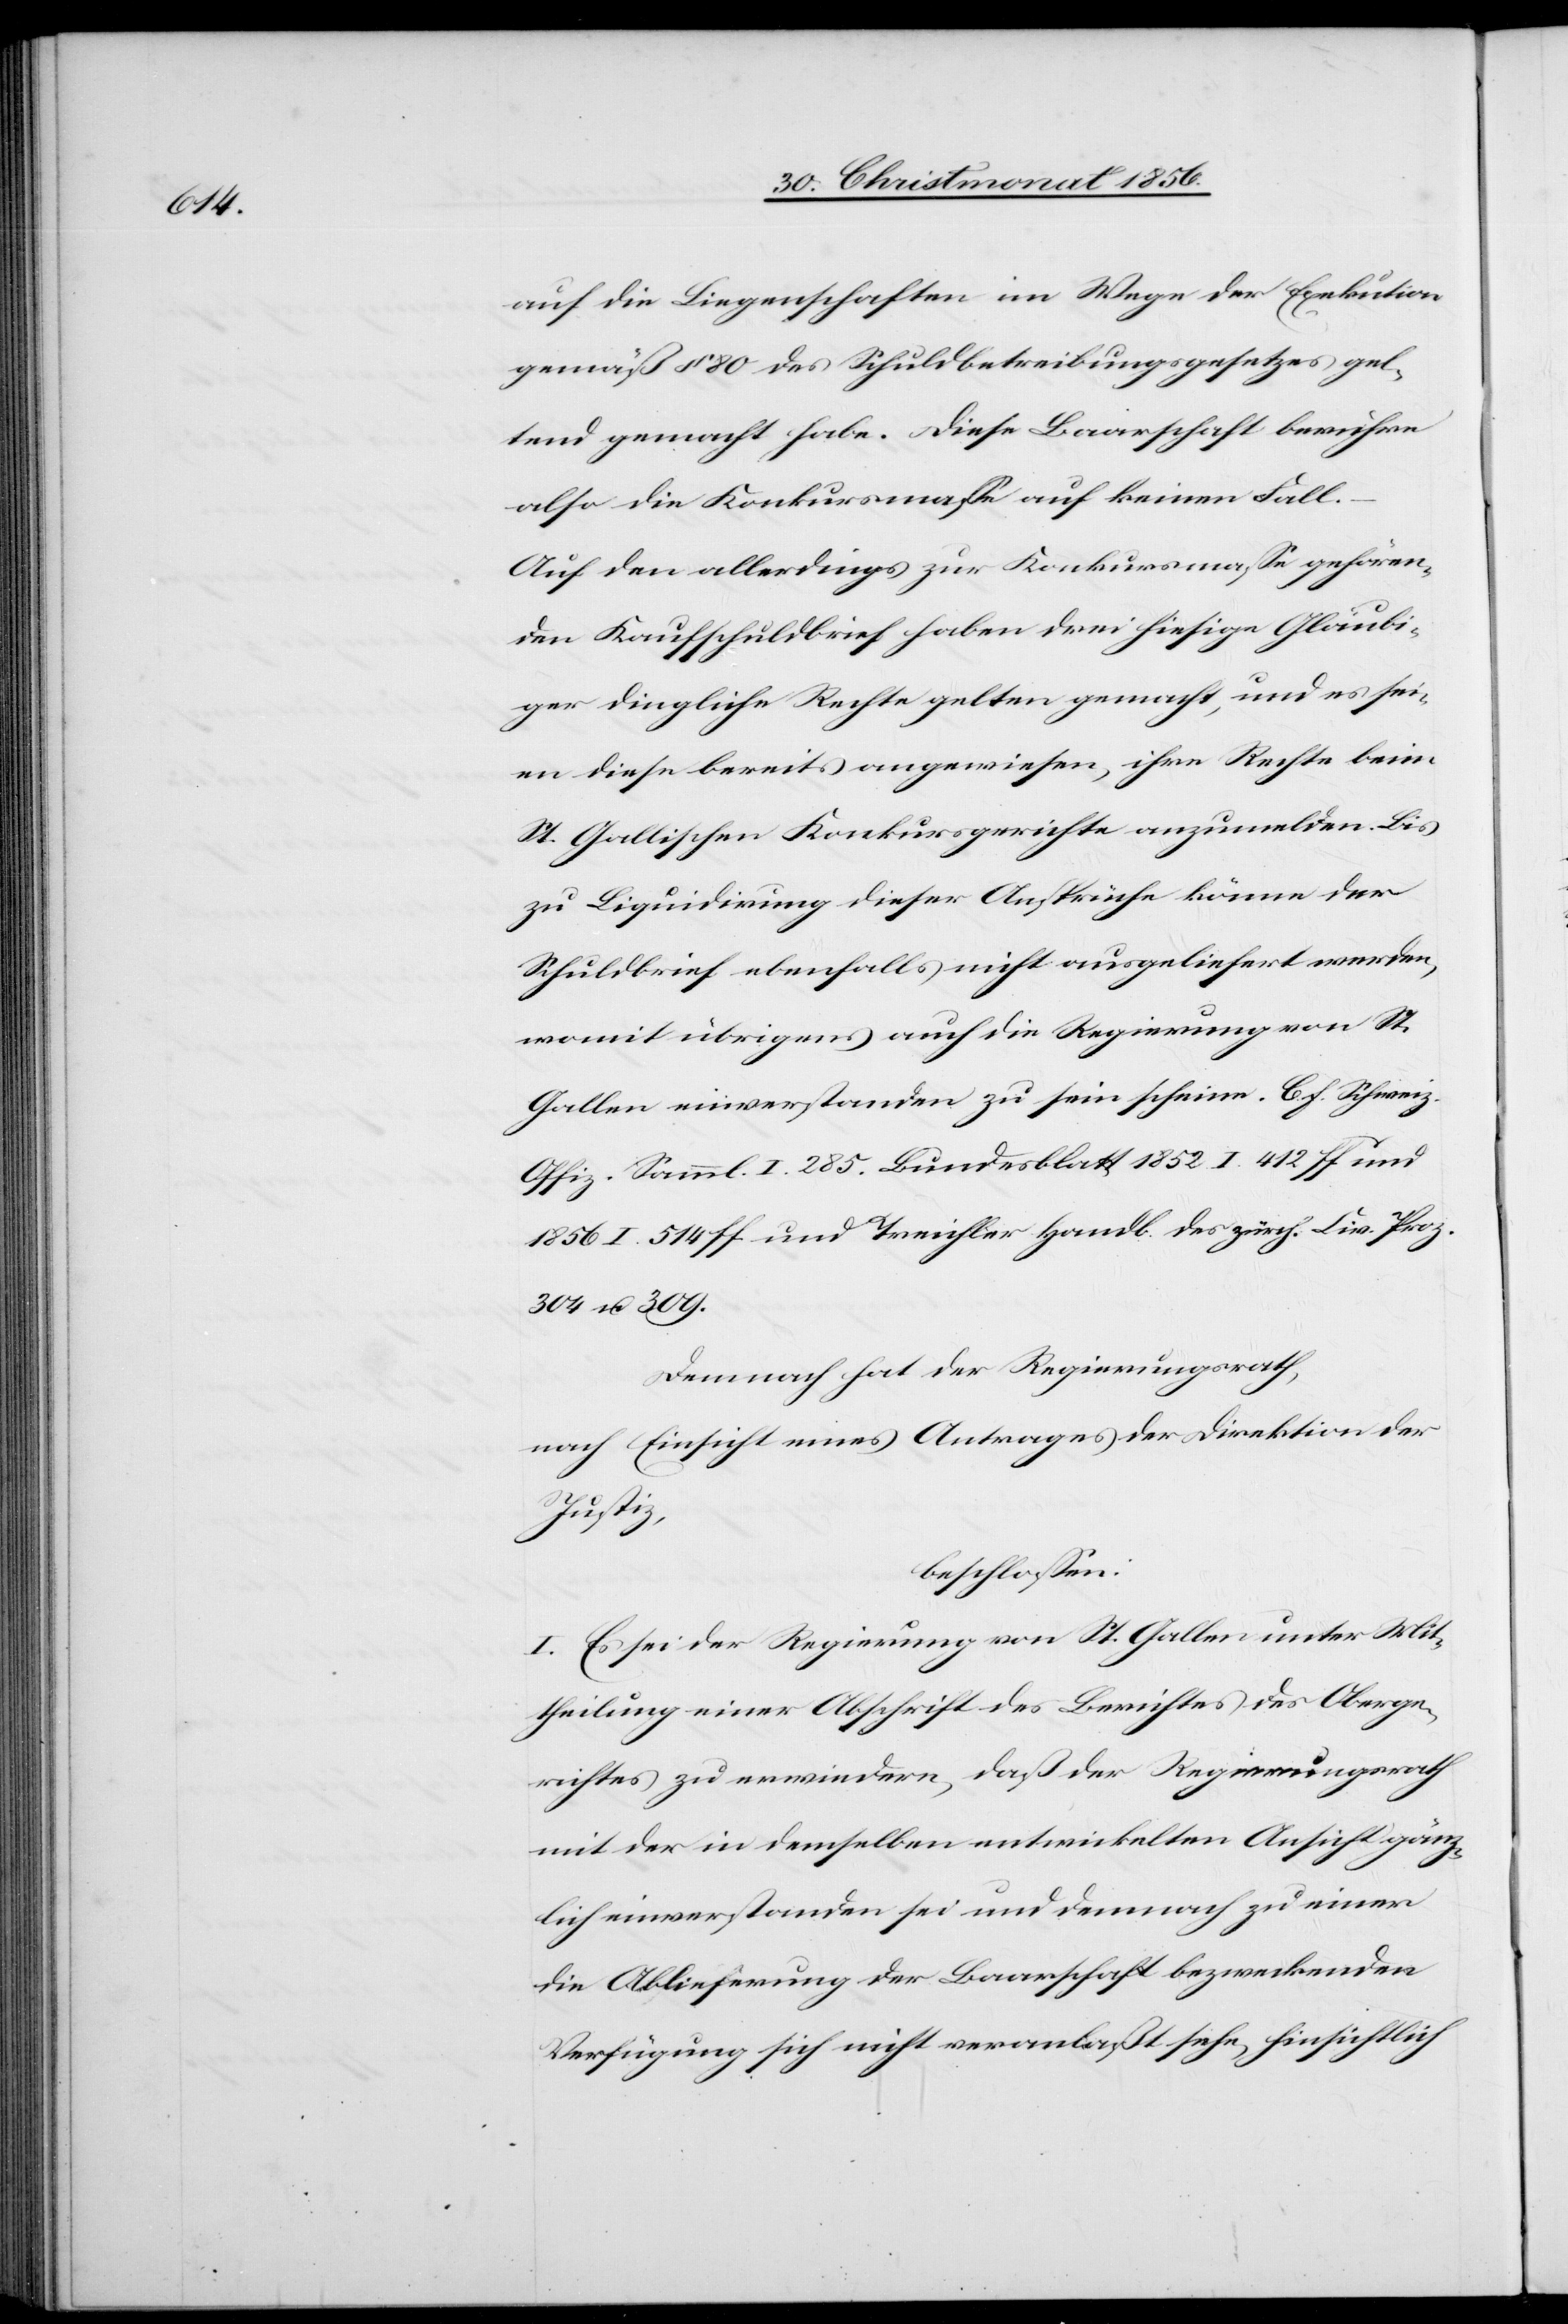
auf die Liegenschaften im Wege der Exekution
gemäß § 80 des Schuldbetreibungsgesetzes gel¬
tend gemacht habe. Diese Baarschaft berühre
also die Konkursmasse auf keinen Fall.
Auf den allerdings zur Konkursmasse gehören¬
den Kaufschuldbrief haben drei hiesige Gläubi¬
ger dingliche Rechte gelten gemacht, und es sei¬
en diese bereits angewiesen, ihre Rechte beim
St. Gallischen Konkursgerichte anzumelden. Bis
zu Liquidirung dieser Ansprüche könne der
Schuldbrief ebenfalls nicht ausgeliefert werden,
womit übrigens auch die Regierung von St.
Gallen einverstanden zu sein scheine. C. f. Schweiz.
Offiz. Samml. I. 285. Bundesblatt 1852 I. 412 ff und
1856 I. 514 ff und Treichler Handb. des zürch. Civ. Proz.
304 u. 309.
Demnach hat der Regierungsrath,
nach Einsicht eines Antrages der Direktion der
Justiz,
beschlossen:
I. Es sei der Regierung von St. Gallen unter Mit¬
theilung einer Abschrift des Berichtes des Oberge¬
richtes zu erwiedern, daß der Regierungsrath
mit der in demselben entwickelten Ansicht gänz¬
lich einverstanden sei und demnach zu einer
die Ablieferung der Baarschaft bezweckenden
Verfügung sich nicht veranlaßt sehe, hinsichtlich